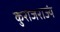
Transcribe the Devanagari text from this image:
कुराजराज्यं